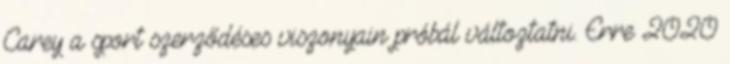
Carey a sport szerződéses viszonyain próbál változtatni. Erre 2020